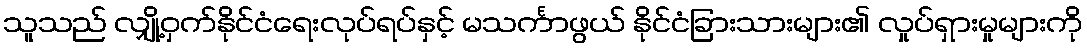
သူသည် လျှို့ဝှက်နိုင်ငံရေးလုပ်ရပ်နှင့် မသင်္ကာဖွယ် နိုင်ငံခြားသားများ၏ လှုပ်ရှားမှုများကို